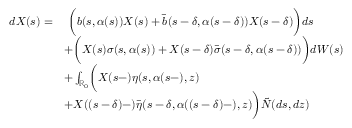
\begin{array} { r l } { d X ( s ) = } & { \ \biggl ( b ( s , \alpha ( s ) ) X ( s ) + \bar { b } ( s - \delta , \alpha ( s - \delta ) ) X ( s - \delta ) \biggr ) d s } \\ & { + \biggl ( X ( s ) \sigma ( s , \alpha ( s ) ) + X ( s - \delta ) \bar { \sigma } ( s - \delta , \alpha ( s - \delta ) ) \biggr ) d W ( s ) } \\ & { + \int _ { \mathbb { R } _ { 0 } } \biggl ( X ( s - ) \eta ( s , \alpha ( s - ) , z ) } \\ & { + X ( ( s - \delta ) - ) \bar { \eta } ( s - \delta , \alpha ( ( s - \delta ) - ) , z ) \biggr ) \tilde { N } ( d s , d z ) } \end{array}